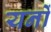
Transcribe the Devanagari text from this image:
यनों